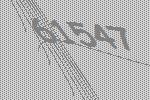
61547